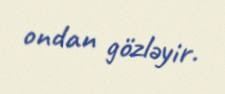
ondan gözləyir.